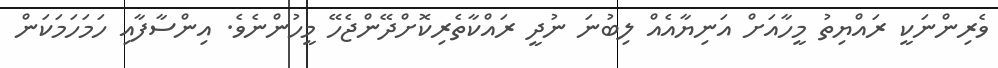
ވެރިންނަކީ ރައްޔިތު މީހާއަށް އަނިޔާއެއް ލިބުނަ ނުދީ ރައްކާތެރިކޮށްދޭންޖެހޭ މީހުންނެވެ. އިންސާފާއި ހަމަހަމަކަން